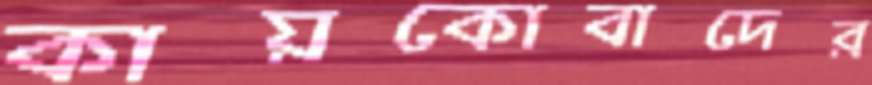
কায়কোবাদের